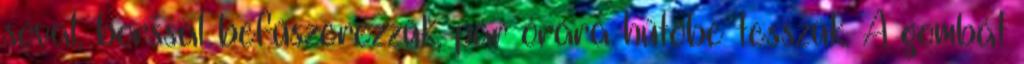
sóval, borssal befűszerezzük, pár órára hűtőbe tesszük. A gombát